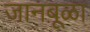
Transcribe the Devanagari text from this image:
जानबूळा